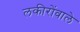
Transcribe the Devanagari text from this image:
लकीरोंवाले